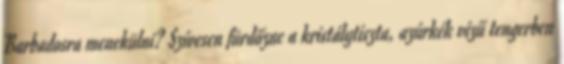
Barbadosra menekülni? Szívesen fürdőzne a kristálytiszta, azúrkék vizű tengerben